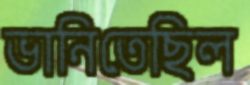
ভানিতেছিল